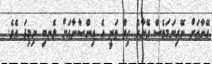
އޭނާއަށް ނޭގިނަމަވެސް އޭނާގެ ހިތް ވަނީ އެ އިންސާނާއަށް ލެނބި ނިމިފަ އެވެ.